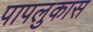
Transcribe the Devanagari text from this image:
पापलुकास